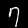
Label: 7